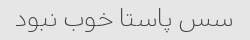
سس پاستا خوب نبود